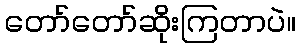
တော်တော်ဆိုးကြတာပဲ။